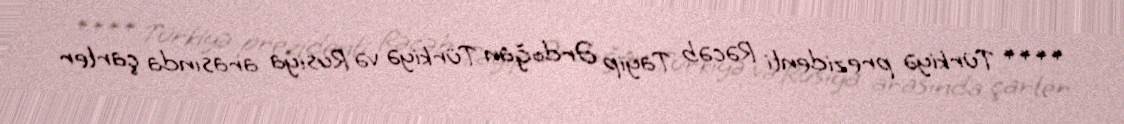
**** Türkiyə prezidenti Rəcəb Tayip Ərdoğan Türkiyə və Rusiya arasında çarter